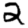
Digit: 2